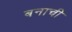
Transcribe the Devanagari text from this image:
बनाची